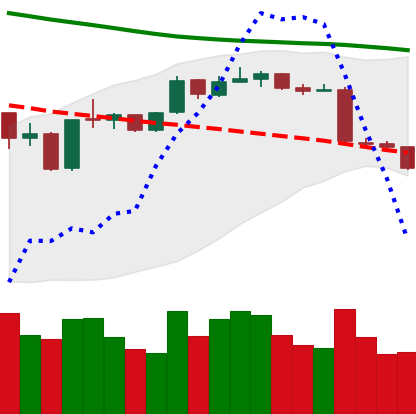
Ticker: ETH-USD
Chart end date: 2019-01-13
Forward return: 3.518%
Label: up_3_5